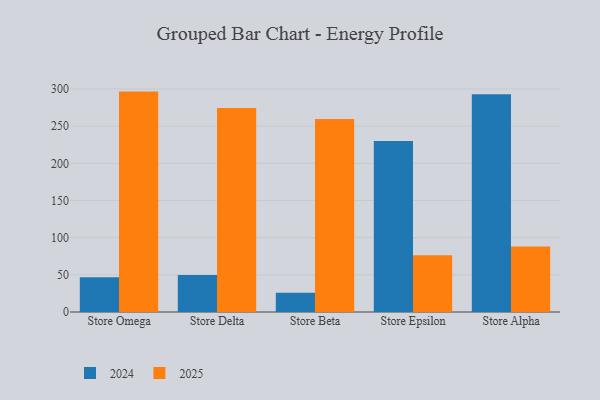
{"axis": {"x": "Store", "y": "Budget (USD K)"}, "legend": ["2024", "2025"], "data": [{"x": "Store Omega", "y": 296.5, "type": "2025"}, {"x": "Store Omega", "y": 46.6, "type": "2024"}, {"x": "Store Delta", "y": 274.3, "type": "2025"}, {"x": "Store Delta", "y": 49.7, "type": "2024"}, {"x": "Store Beta", "y": 259.5, "type": "2025"}, {"x": "Store Beta", "y": 26.0, "type": "2024"}, {"x": "Store Epsilon", "y": 76.2, "type": "2025"}, {"x": "Store Epsilon", "y": 230.2, "type": "2024"}, {"x": "Store Alpha", "y": 88.0, "type": "2025"}, {"x": "Store Alpha", "y": 293.1, "type": "2024"}]}